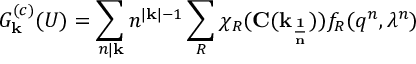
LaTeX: G _ { { \bf k } } ^ { ( c ) } ( U ) = \sum _ { n | { \bf k } } n ^ { | { \bf k } | - 1 } \sum _ { R } \chi _ { R } ( { \bf C ( \vec { k } _ { \frac { 1 } { n } } ) } ) f _ { R } ( q ^ { n } , \lambda ^ { n } )